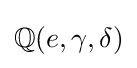
\mathbb {Q} (e,\gamma ,\delta )